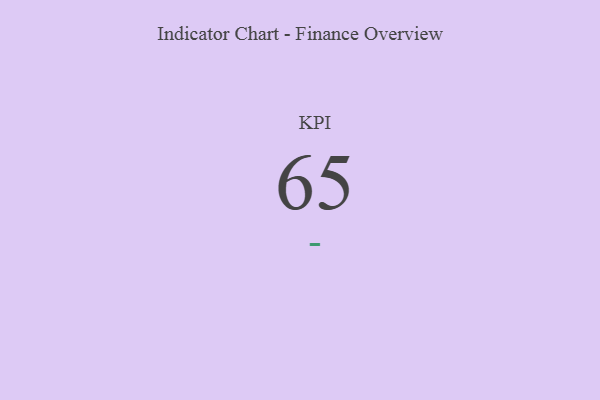
{"axis": {"x": "KPI", "y": "Value"}, "legend": [""], "data": [{"x": "KPI", "y": 65, "type": ""}]}